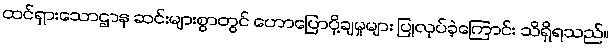
ထင်ရှားသောဌာန ဆင်းများစွာတွင် ဟောပြောပို့ချမှုများ ပြုလုပ်ခဲ့ကြောင်း သိရှိရသည်။